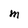
Character: M